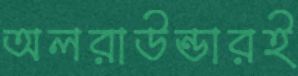
অলরাউন্ডারই